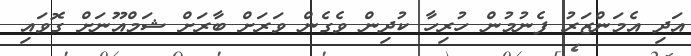
އަދި އެމަންޒަރު ފެނުމުން ހުރިހާ ކުދިން ވެގެން ވަރަށް ބާރަށް ޝަމްއޫނަށް ގޮވައި